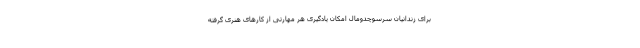
برای زندانیان سرسوچدومال امکان یادگیری هر مهارتی از کار‌های هنری گرفته